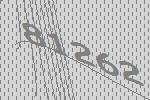
81262